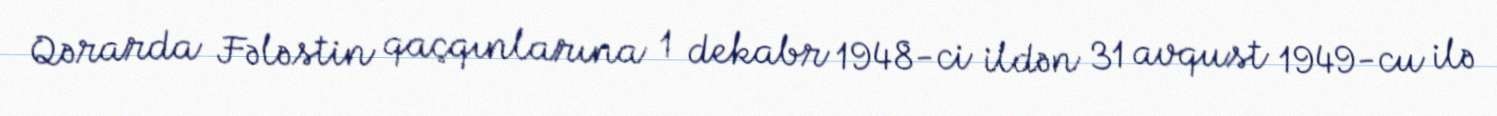
Qərarda Fələstin qaçqınlarına 1 dekabr 1948-ci ildən 31 avqust 1949-cu ilə